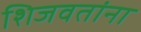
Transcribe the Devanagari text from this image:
शिजवतांना